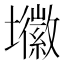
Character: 𭐈